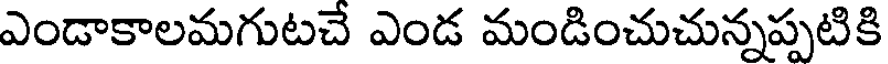
ఎండాకాలమగుటచే ఎండ మండించుచున్నప్పటికి